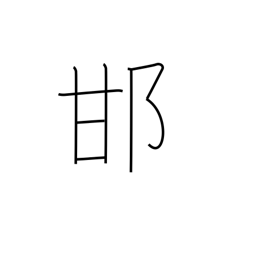
Meaning: tree cricket